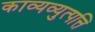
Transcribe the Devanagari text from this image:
काव्यव्युत्पत्ति